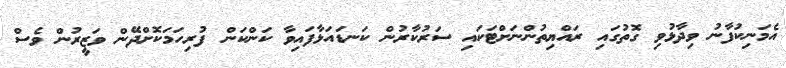
އެމަނިކުފާނު ވިދާޅުވި ގޮތުގައި ރައްޔިތުންނަށްޓަކައި ސަރުކާރުން ކަނޑައަޅާފައިވާ ކަންކަން ފުރިހަމަކޮށްދޭން ވަޒީރުން ވެސް